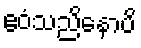
ဧဝံသညိနောပိ